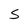
Character: 5